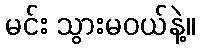
မင်း သွားမဝယ်နဲ့။